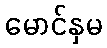
မောင်နှမ